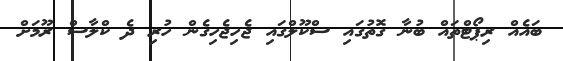
ބައެއް ރިޕޯޓްތައް ބުނާ ގޮތުގައި ސްކޫލްގައި ޖެހިޖެހިގެން ހުރި ދެ ކްލާސް ރޫމަށް